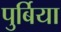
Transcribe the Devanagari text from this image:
पुर्बिया